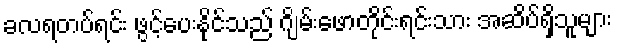
ခလရတပ်ရင်း ဖွင့်ပေးနိုင်သည် ဂျိမ်းဖောတိုင်းရင်းသား အဆိပ်ရှိသူများ